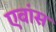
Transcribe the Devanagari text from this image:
एवांस